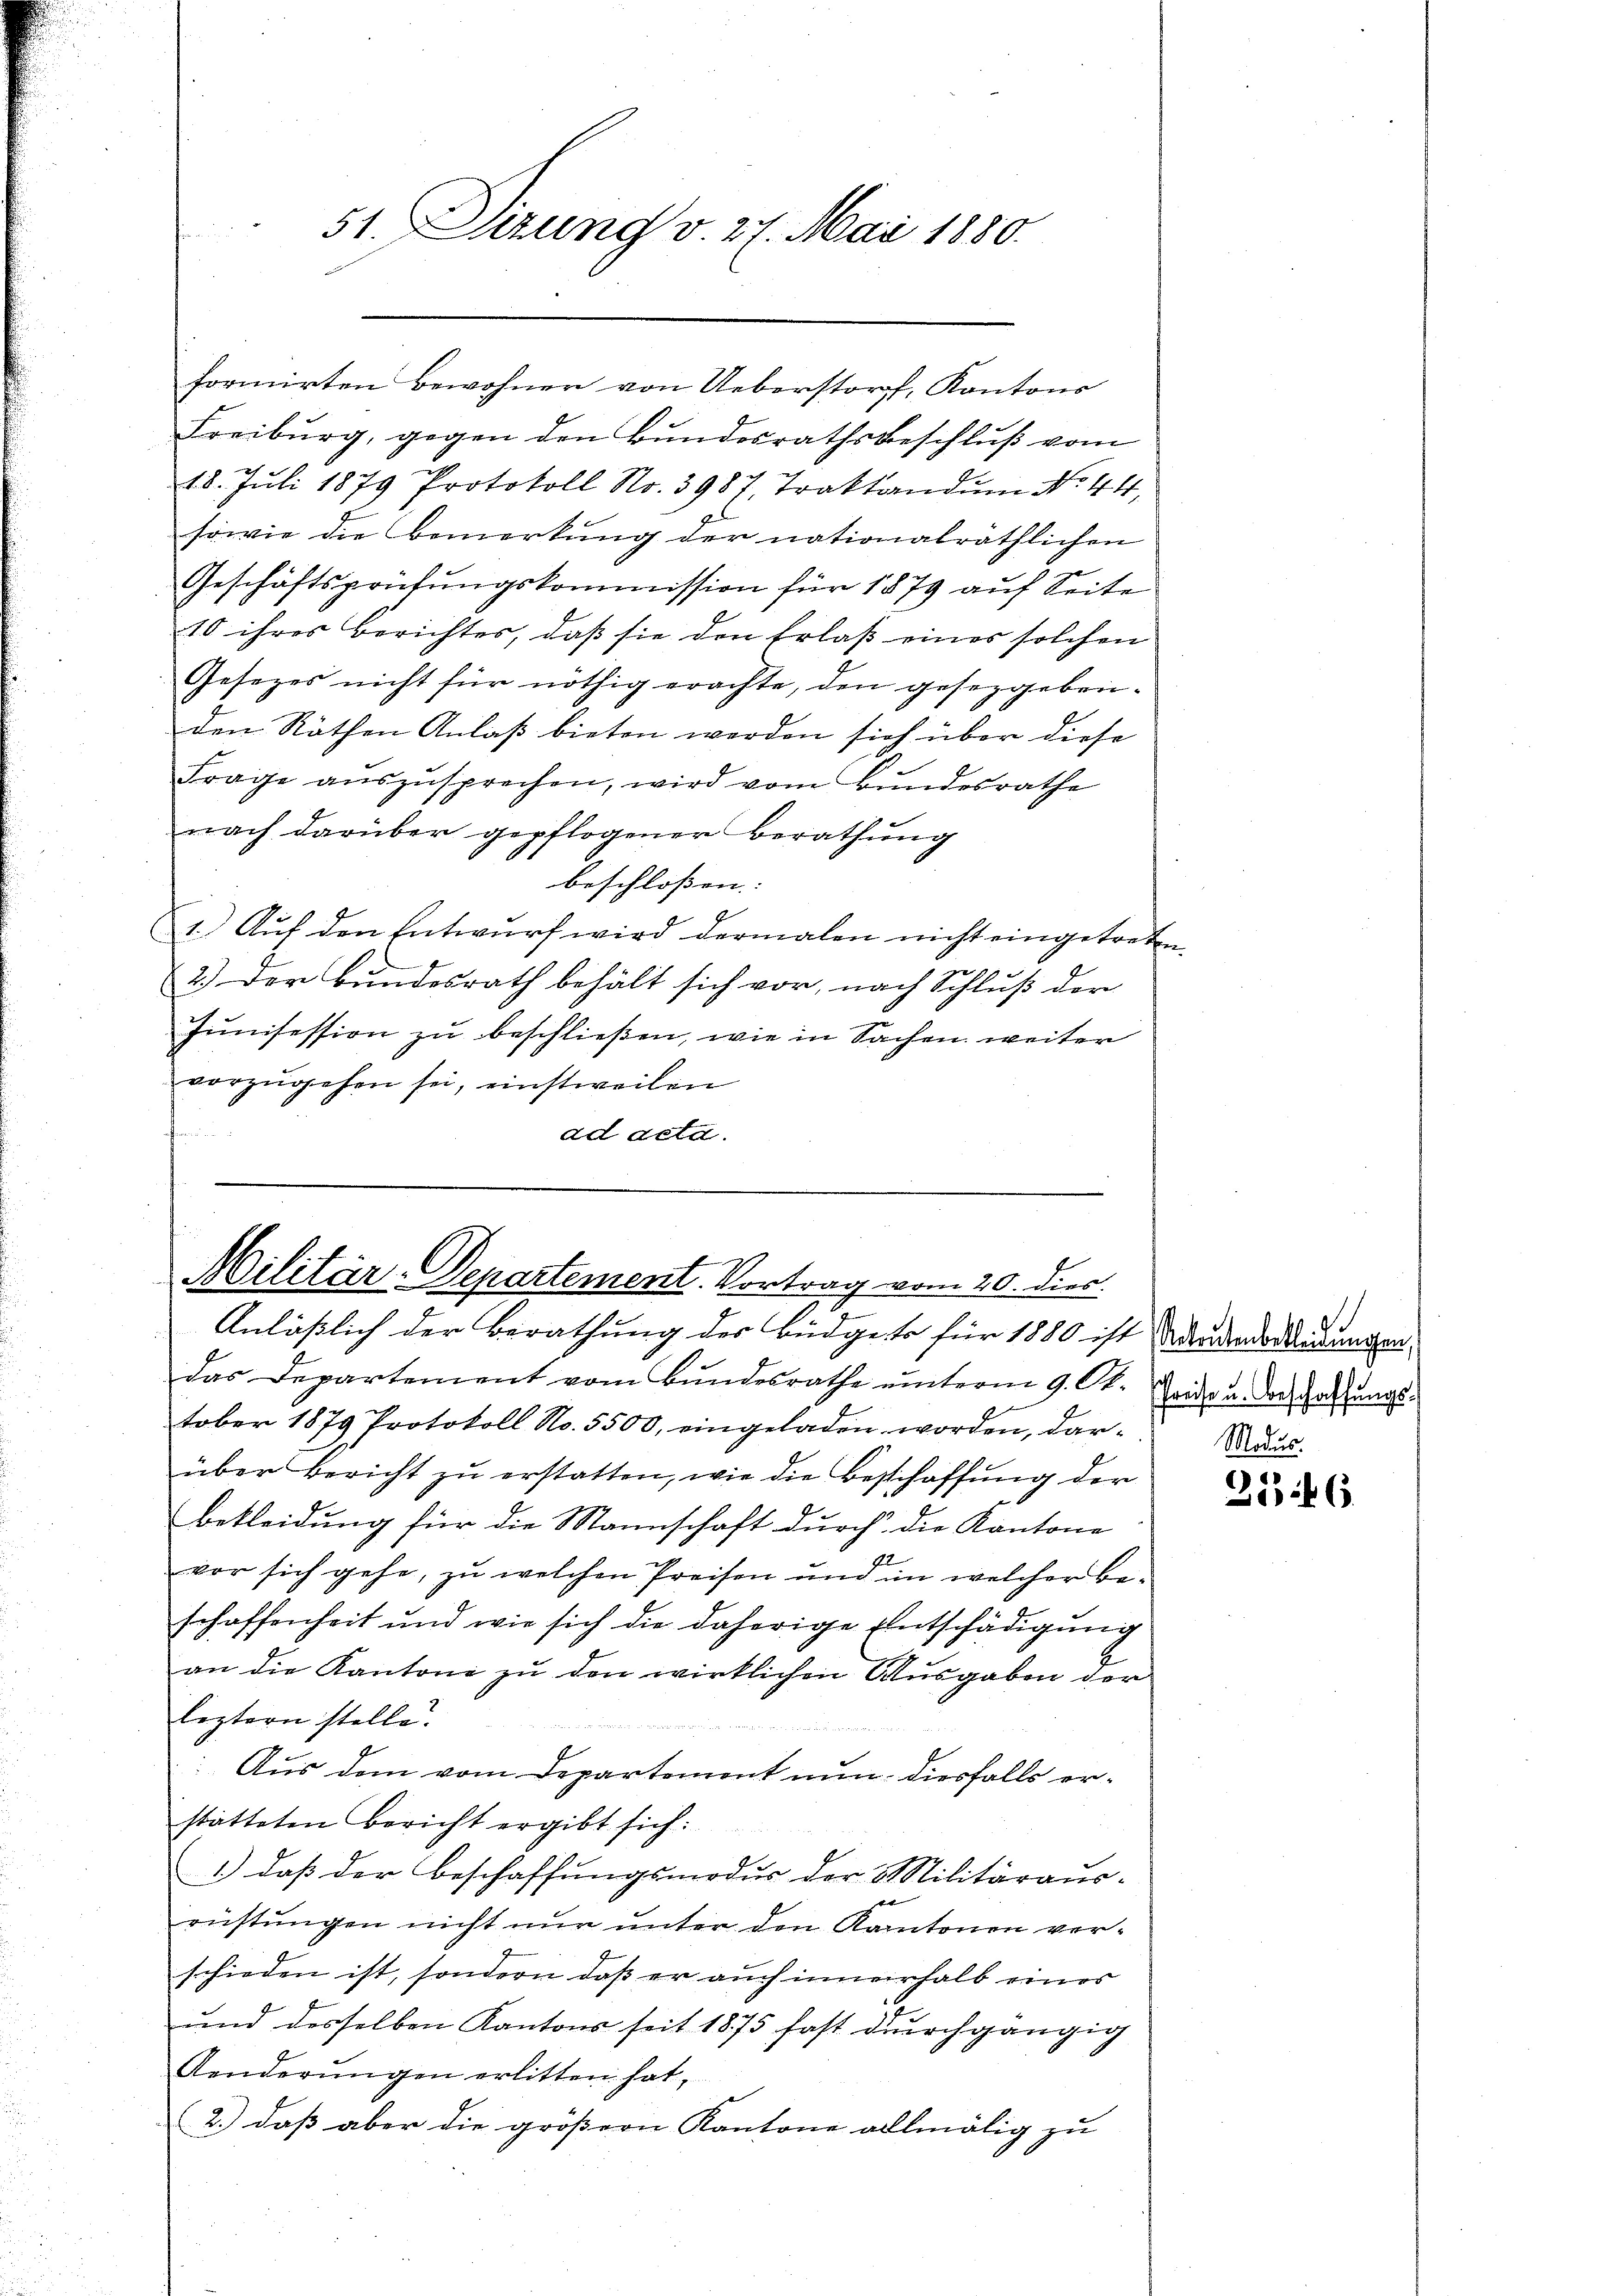
51. Sizung v. 27. Mai 1880.

formirten Bewohner von Ueberstorf, Kantons
Freiburg, gegen den Bundesrathsbeschluß vom
18. Jŭli 1879 Protokoll No. 3987, Traktandum No. 44,
sowie die Bemerkung der nationalräthlichen
Geschäftsprüfungskommission für 1879 auf Seite
10 ihres Berichtes, daß sie den Erlaß eines solchen
Gesezes nicht für nöthig erachte, den gesetzgeben-
den Räthen Anlaß bieten werden sich über diese
Frage aŭszŭsprechen, wird vom Bŭndesrathe
nach darüber gepflogener Berathung
beschlossen: |
4
1) Auf den Entwurf wird dermalen nicht eingetreten.
2.) Der Bundesrath behält sich vor, nach Schluß der
Junisession zu beschließen, wie in Sachen weiter
vorzŭgehen sei, einstweilen
ad acta.

Militär-Departement. Vortrag vom 20. dies

Anläßlich der Berathung des Büdgets für 1880 ist daruederdigung erdas Departement vom Bundesrathe ŭnterm 9. Ok-
tober 1879 Protokoll No. 5500, eingeladen worden, darüber Bericht zŭ erstatten, wie die Beschaffung der
bekleidung für die Mannschaft durch die Kantone
f
vor sich gehe, zu welchen Preisen und im welcher Beschaffenheit und wie sich die daherige Entschädigung
.
an die Kantone zu den wirklichen Ausgaben der
leztern stelle.
Aus dem vom Departement nun diesfalls erstatteten Bericht ergibt sich:
1) daß der Beschaffungsmodus der Militäraus-
 |
rüstungen nicht nur unter den Kantonen verschieden ist, sondern daß er auch innerhalb eines
und desselben Kantons seit 1875 fast durchgängig
Aenderungen erlitten hat,
2.) daß aber die größern Kantone allmälig zu

Preise u. Beschaffungs¬
Modus.

2146